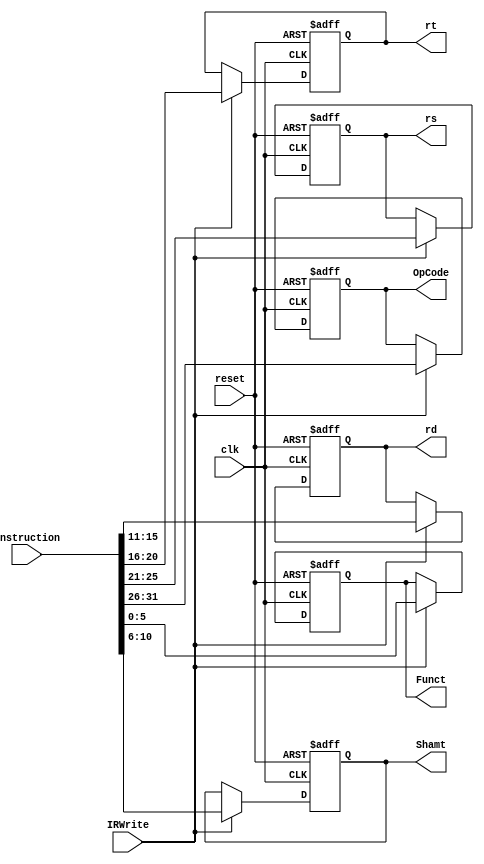
`timescale 1ns / 1ps
//////////////////////////////////////////////////////////////////////////////////
// Class: Fundamentals of Digital Logic and Processor
// Designer: Shulin Zeng
// 
// Design Name: MultiCycleCPU
// Module Name: RegTemp
// Project Name: Multi-cycle-cpu
// Target Devices: 
// Tool Versions: 
// Description: 
// 
// Dependencies: 
// 
// Revision:
// Revision 0.01 - File Created
// Additional Comments:
// 
//////////////////////////////////////////////////////////////////////////////////

module InstReg(reset, clk, IRWrite, Instruction, OpCode, rs, rt, rd, Shamt, Funct);
    //Input Clock Signals
    input reset;
    input clk;
    //Input Control Signals
    input IRWrite;
    //Input Instruction
    input [31:0] Instruction;
    //Output Data
    output reg [5:0]  OpCode;
    output reg [4:0]  rs;
    output reg [4:0]  rt;
    output reg [4:0]  rd;
    output reg [4:0]  Shamt;
    output reg [5:0]  Funct;
    
    reg [31:0] instruction;
    
    always @(posedge reset or posedge clk) begin
        if (reset) begin
            OpCode <= 6'b000000;
            rs <= 5'b00000;
            rt <= 5'b00000;
            rd <= 5'b00000;
            Shamt <= 5'b00000;
            Funct <= 6'b000000;
            instruction <= 32'b0;
        end
        else if (IRWrite) begin
            OpCode <= Instruction[31:26];
            rs <= Instruction[25:21];
            rt <= Instruction[20:16];
            rd <= Instruction[15:11];
            Shamt <= Instruction[10:6];
            Funct <= Instruction[5:0];
            instruction <= Instruction;
        end
        else begin
            OpCode <= OpCode;
            rs <= rs;
            rt <= rt;
            rd <= rd;
            Shamt <= Shamt;
            Funct <= Funct;
            instruction <= instruction;
        end
    end

endmodule